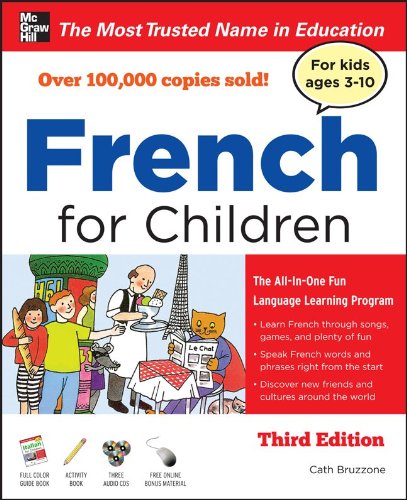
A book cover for French for Children with Three Audio CDs, Third Edition; Catherine Bruzzone; Travel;